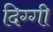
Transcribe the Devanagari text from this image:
दिग्गी